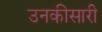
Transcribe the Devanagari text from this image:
उनकीसारी